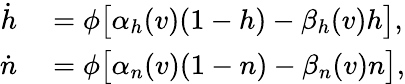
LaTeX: \begin{array}{rl}{\dot{h}}&{{}=\phi\big[\alpha_{h}(v)(1-h)-\beta_{h}(v)h\big],}\\ {\dot{n}}&{{}=\phi\big[\alpha_{n}(v)(1-n)-\beta_{n}(v)n\big],}\end{array}